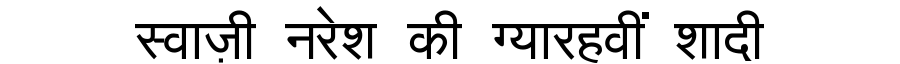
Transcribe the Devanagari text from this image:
स्वाज़ी नरेश की ग्यारहवीं शादी